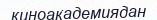
киноакадемиядан